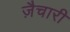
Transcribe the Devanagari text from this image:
ज़ैचारी